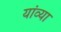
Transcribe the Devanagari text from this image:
यांव्या